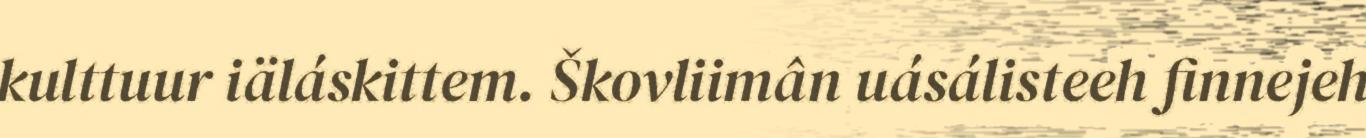
kulttuur iäláskittem. Škovliimân uásálisteeh finnejeh